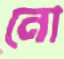
নো